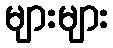
များများ